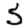
Digit: 5